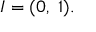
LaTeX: I = ( 0 , \; 1 ) .